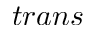
t r a n s